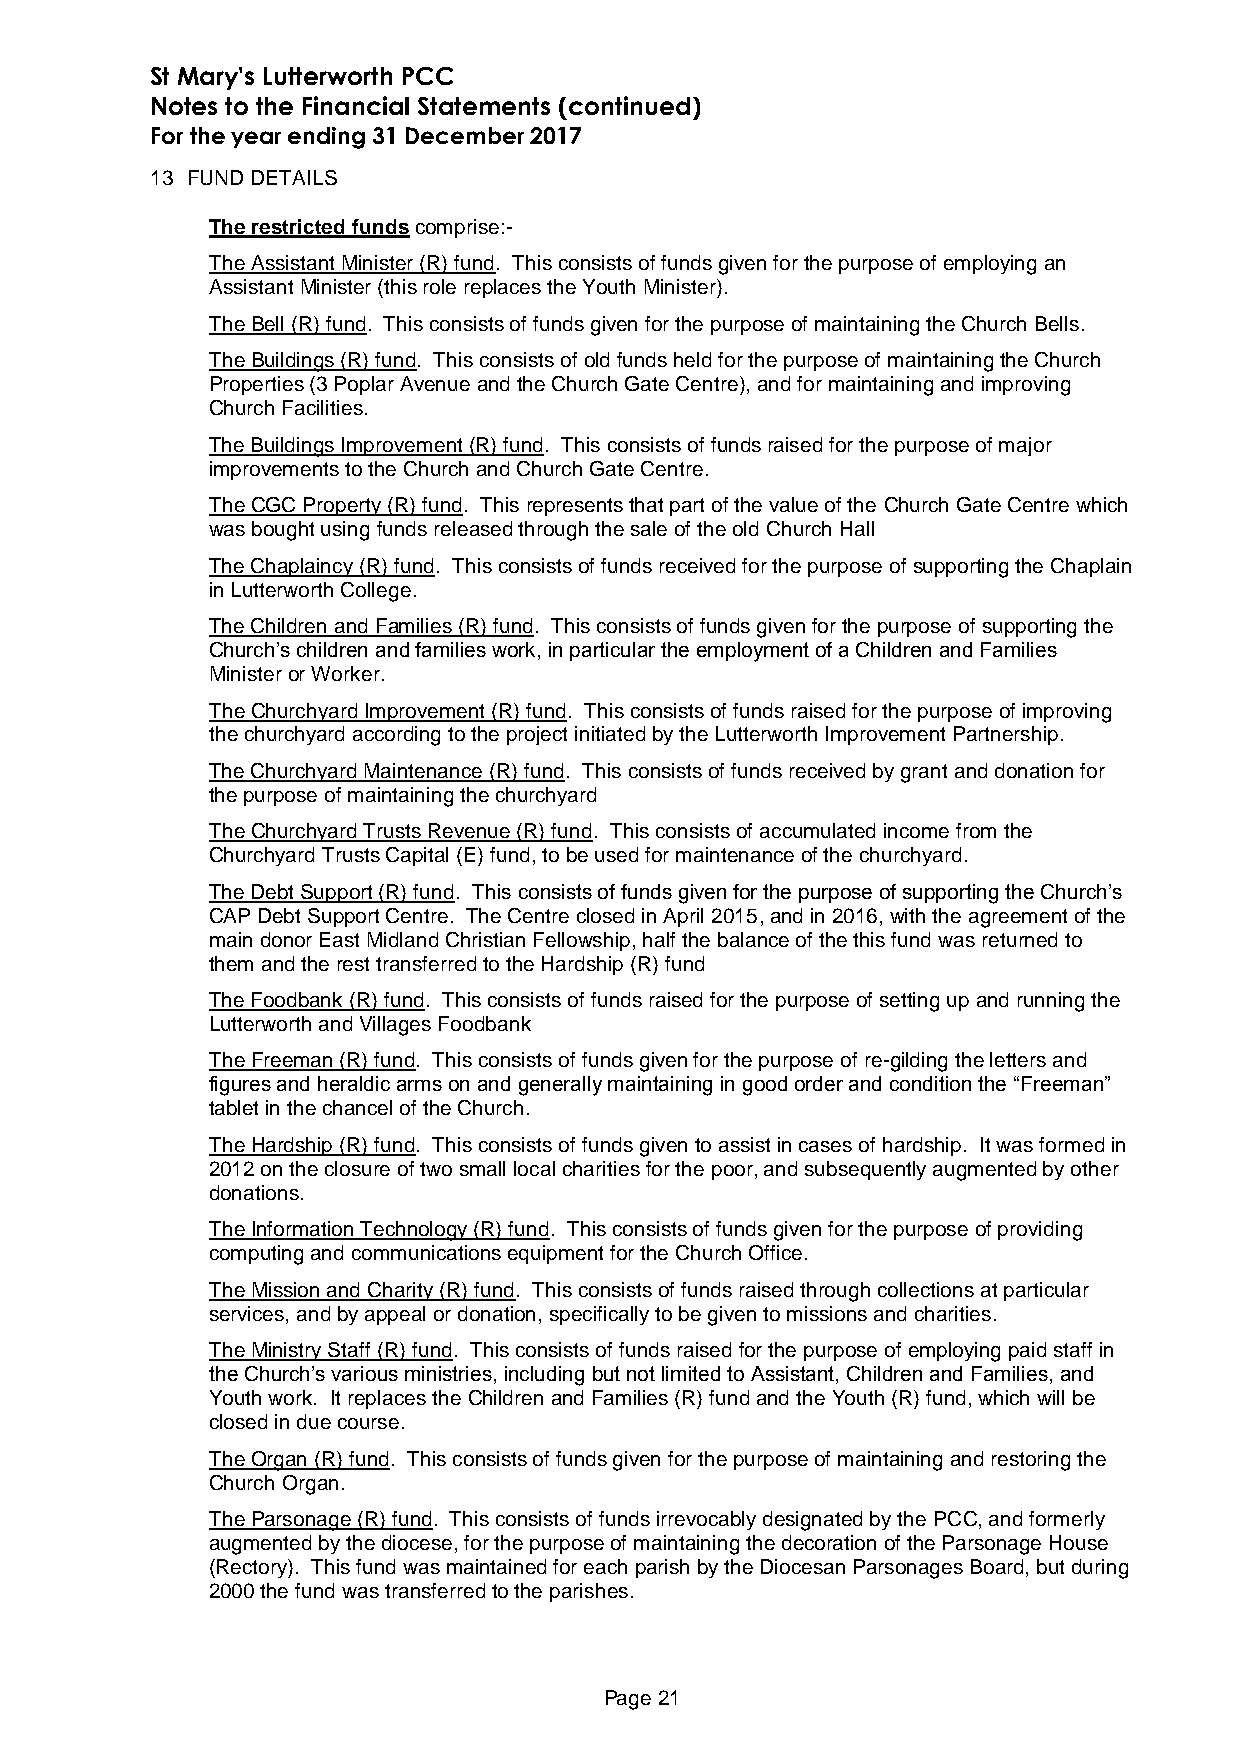
St Mary's Lutterworth PCC
 Notes to the Financial Statements (continued)
 For the year ending 31 December 2017
 13 FUND DETAILS
 The restricted funds comprise:-
 The Assistant Minister (R) fund. This consists of funds given for the purpose of employing an
 Assistant Minister (this role replaces the Youth Minister).
 The Bell (R) fund. This consists of funds given for the purpose of maintaining the Church Bells.
 The Buildings (R) fund. This consists of old funds held for the purpose of maintaining the Church
 Properties (3 Poplar Avenue and the Church Gate Centre), and for maintaining and improving
 Church Facilities.
 The Buildings Improvement (R) fund. This consists of funds raised for the purpose of major
 improvements to the Church and Church Gate Centre.
 The CGC Property (R) fund. This represents that part of the value of the Church Gate Centre which
 was bought using funds released through the sale of the old Church Hall
 The Chaplaincy (R) fund. This consists of funds received for the purpose of supporting the Chaplain
 in Lutterworth College.
 The Children and Families (R) fund. This consists of funds given for the purpose of supporting the
 Church’s children and families work, in particular the employment of a Children and Families
 Minister or Worker.
 The Churchyard Improvement (R) fund. This consists of funds raised for the purpose of improving
 the churchyard according to the project initiated by the Lutterworth Improvement Partnership.
 The Churchyard Maintenance (R) fund. This consists of funds received by grant and donation for
 the purpose of maintaining the churchyard
 The Churchyard Trusts Revenue (R) fund. This consists of accumulated income from the
 Churchyard Trusts Capital (E) fund, to be used for maintenance of the churchyard.
 The Debt Support (R) fund. This consists of funds given for the purpose of supporting the Church’s
 CAP Debt Support Centre. The Centre closed in April 2015, and in 2016, with the agreement of the
 main donor East Midland Christian Fellowship, half the balance of the this fund was returned to
 them and the rest transferred to the Hardship (R) fund
 The Foodbank (R) fund. This consists of funds raised for the purpose of setting up and running the
 Lutterworth and Villages Foodbank
 The Freeman (R) fund. This consists of funds given for the purpose of re-gilding the letters and
 figures and heraldic arms on and generally maintaining in good order and condition the “Freeman”
 tablet in the chancel of the Church.
 The Hardship (R) fund. This consists of funds given to assist in cases of hardship. It was formed in
 2012 on the closure of two small local charities for the poor, and subsequently augmented by other
 donations.
 The Information Technology (R) fund. This consists of funds given for the purpose of providing
 computing and communications equipment for the Church Office.
 The Mission and Charity (R) fund. This consists of funds raised through collections at particular
 services, and by appeal or donation, specifically to be given to missions and charities.
 The Ministry Staff (R) fund. This consists of funds raised for the purpose of employing paid staff in
 the Church’s various ministries, including but not limited to Assistant, Children and Families, and
 Youth work. It replaces the Children and Families (R) fund and the Youth (R) fund, which will be
 closed in due course.
 The Organ (R) fund. This consists of funds given for the purpose of maintaining and restoring the
 Church Organ.
 The Parsonage (R) fund. This consists of funds irrevocably designated by the PCC, and formerly
 augmented by the diocese, for the purpose of maintaining the decoration of the Parsonage House
 (Rectory). This fund was maintained for each parish by the Diocesan Parsonages Board, but during
 2000 the fund was transferred to the parishes.
 Page 21